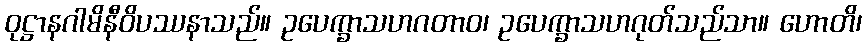
ဝုဋ္ဌာနဂါမိနီဝိပဿနာသည်။ ဥပေက္ခာသဟဂတာဝ၊ ဥပေက္ခာသဟဂုတ်သည်သာ။ ဟောတိ၊